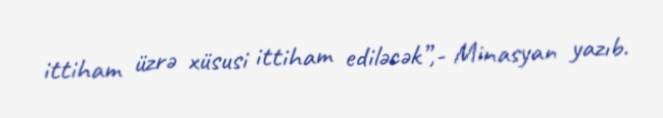
ittiham üzrə xüsusi ittiham ediləcək”,- Minasyan yazıb.